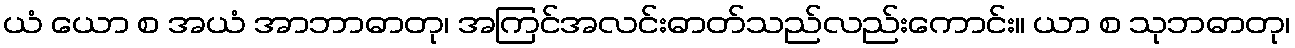
ယံ ယော စ အယံ အာဘာဓာတု၊ အကြင်အလင်းဓာတ်သည်လည်းကောင်း။ ယာ စ သုဘဓာတု၊